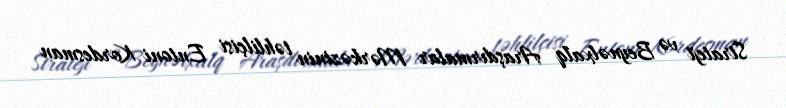
Strateji və Beynəlxalq Araşdırmalar Mərkəzinin təhlilçisi Entoni Kordesman